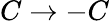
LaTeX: C\to-C